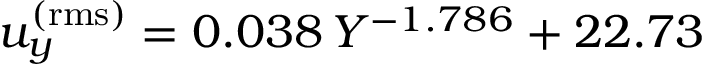
u _ { y } ^ { \mathrm { ( r m s ) } } = 0 . 0 3 8 \, Y ^ { - 1 . 7 8 6 } + 2 2 . 7 3